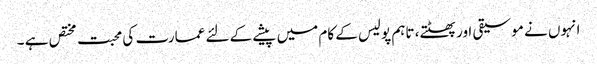
انہوں نے موسیقی اور پھٹتے، تاہم پولیس کے کام میں پیشے کے لئے عمارت کی محبت مختص ہے ۔